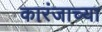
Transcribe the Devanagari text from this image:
कारंजाच्या